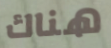
هناك